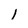
Character: 1